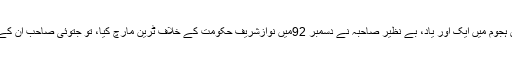
یادوں کے اس ہجوم میں ایک اور یاد، بے نظیر صاحبہ نے دسمبر 92میں نوازشریف حکومت کے خلاف ٹرین مارچ کیا، تو جتوئی صاحب ان کے ہمسفر تھے۔